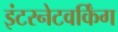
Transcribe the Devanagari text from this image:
इंटरनेटवर्किंग